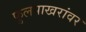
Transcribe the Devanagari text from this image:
फुलपाखरांवर